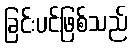
ခြင်းပင်ဖြစ်သည်